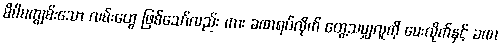
မိမိမကျွမ်းသော လမ်းတွေ ဖြစ်သော်လည်း ကား ခဏရပ်လိုက် တွေ့သမျှလူကို မေးလိုက်နှင့် ခဏ